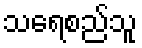
သရေစည်သူ